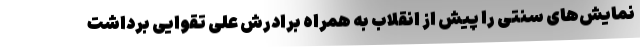
نمایش‌های سنتی را پیش از انقلاب به همراه برادرش علی تقوایی برداشت